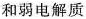
和弱电解质